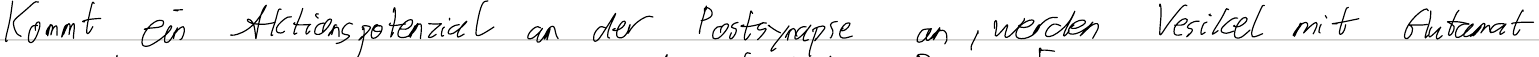
Kommt ein Aktionspotenzial an der Postsynapse an, werden Vesikel mit Glutamat